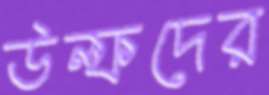
উল্ফদের